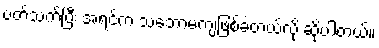
ပတ်သက်ပြီး အရင်က သဘောမကျဖြစ်ခဲ့တယ်လို့ ဆိုပါတယ်။